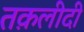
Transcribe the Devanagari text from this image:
तक़लीदी